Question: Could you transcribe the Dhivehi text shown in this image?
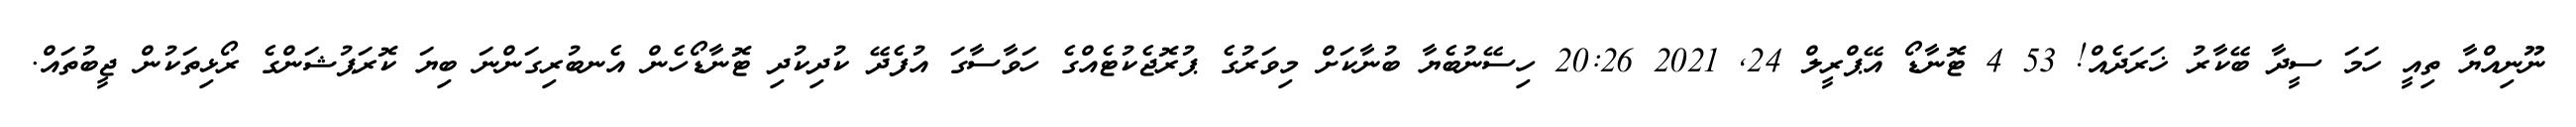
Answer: ނޫނިއްޔާ ތިއީ ހަމަ ސީދާ ބޭކާރު ޚަރަދެއް! 53 4 ޓޮނާޑޯ އޭޕްރީލް 24, 2021 20:26 ހިސޭނުބެޔާ ބުނާކަށް މިވަރުގެ ޕުރޮޖެކުޓެއްގެ ހަވާސާގަ އުފެދޭ ކުދިކުދި ޓޮނާޑޯހެން އެނބުރިގަންނަ ބިޔަ ކޮރަޕުޝަންގެ ރޯޅިތަކުން ޖީބުތައް.